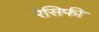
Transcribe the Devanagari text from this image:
रेसिफी